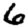
Digit: 6